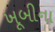
ખૂબીના